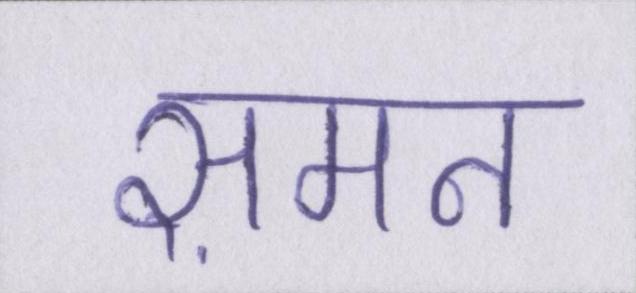
समन